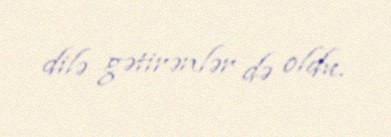
dilə gətirənlər də oldu.